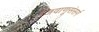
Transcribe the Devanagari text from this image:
जिवाणूसंसर्ग